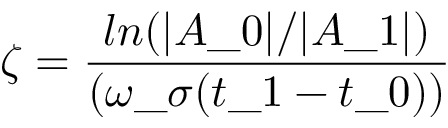
\zeta = \frac { l n ( | A \_ 0 | / | A \_ 1 | ) } { ( \omega \_ \sigma ( t \_ 1 - t \_ 0 ) ) }